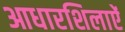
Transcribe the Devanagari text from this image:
आधारशिलाऐं